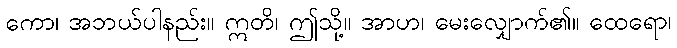
ကော၊ အဘယ်ပါနည်း။ ဣတိ၊ ဤသို့။ အာဟ၊ မေးလျှောက်၏။ ထေရော၊